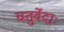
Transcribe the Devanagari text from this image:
चतुर्वेदाः